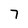
Character: 7